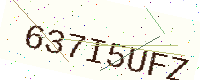
Text: 637I5UFZ